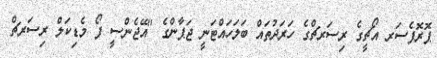
ޕޮރޮފެސަރ އޯޗީގެެ ރިސަރޗްގެ ހަރަދުތައް ބަލަހައްޓަނީ ޖަޕާންގެ "އޭޖެންސީ ފޯ މެޑިކަލް ރިސަރޗް